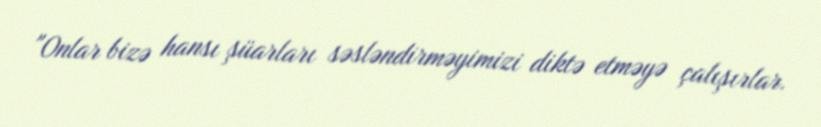
"Onlar bizə hansı şüarları səsləndirməyimizi diktə etməyə çalışırlar.